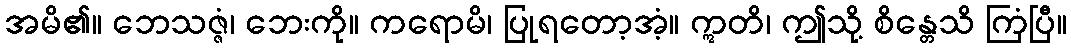
အမိ၏။ ဘေသဇ္ဇံ၊ ဘေးကို။ ကရောမိ၊ ပြုရတော့အံ့။ ဣတိ၊ ဤသို့ စိန္တေသိ ကြံပြီ။